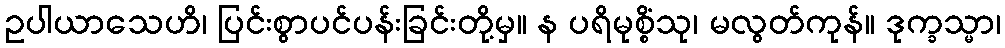
ဥပါယာသေဟိ၊ ပြင်းစွာပင်ပန်းခြင်းတို့မှ။ န ပရိမုစ္စိံသု၊ မလွတ်ကုန်။ ဒုက္ခသ္မာ၊